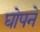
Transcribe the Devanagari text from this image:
घोपने